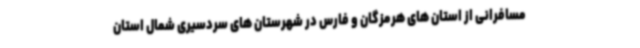
مسافرانی از استان های هرمزگان و فارس در شهرستان های سردسیری شمال استان